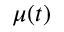
\mu ( t )